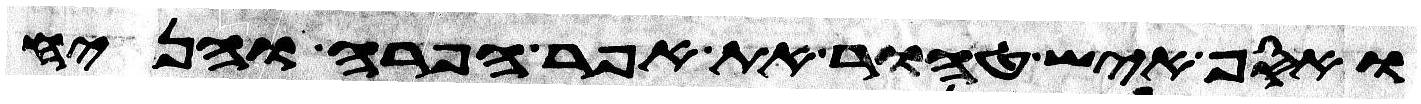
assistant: ואסף איש טהור את אפר הפרה והניח